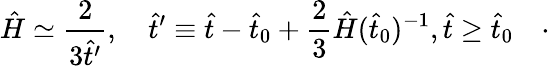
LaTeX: \hat{H}\simeq\frac{2}{3\hat{t}^{\prime}},\quad\hat{t}^{\prime}\equiv\hat{t}-\hat{t}_{0}+\frac{2}{3}\hat{H}(\hat{t}_{0})^{-1},\hat{t}\geq\hat{t}_{0}\quad\cdot